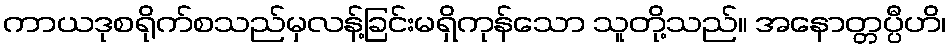
ကာယဒုစရိုက်စသည်မှလန့်ခြင်းမရှိကုန်သော သူတို့သည်။ အနောတ္တပ္ပီဟိ၊